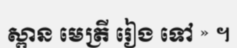
ស្ពាន មេត្រី រៀង ទៅ » ។